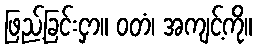
ဖြည့်ခြင်းငှာ။ ဝတံ၊ အကျင့်ကို။